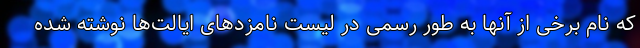
که نام برخی از آنها به طور رسمی در لیست نامزدهای ایالت‌ها نوشته شده